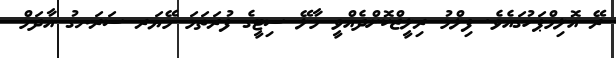
ރޭ އޮލިމްޕަހުގައެވެ. ފިލްމު ރިލީޒްކޮށްދެއްވީ މާލޭ ސިޓީގެ ފުރަތަމަ މޭޔަރ ސަރަނގު އާދަމް